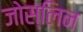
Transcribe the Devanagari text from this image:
जोस्लिन